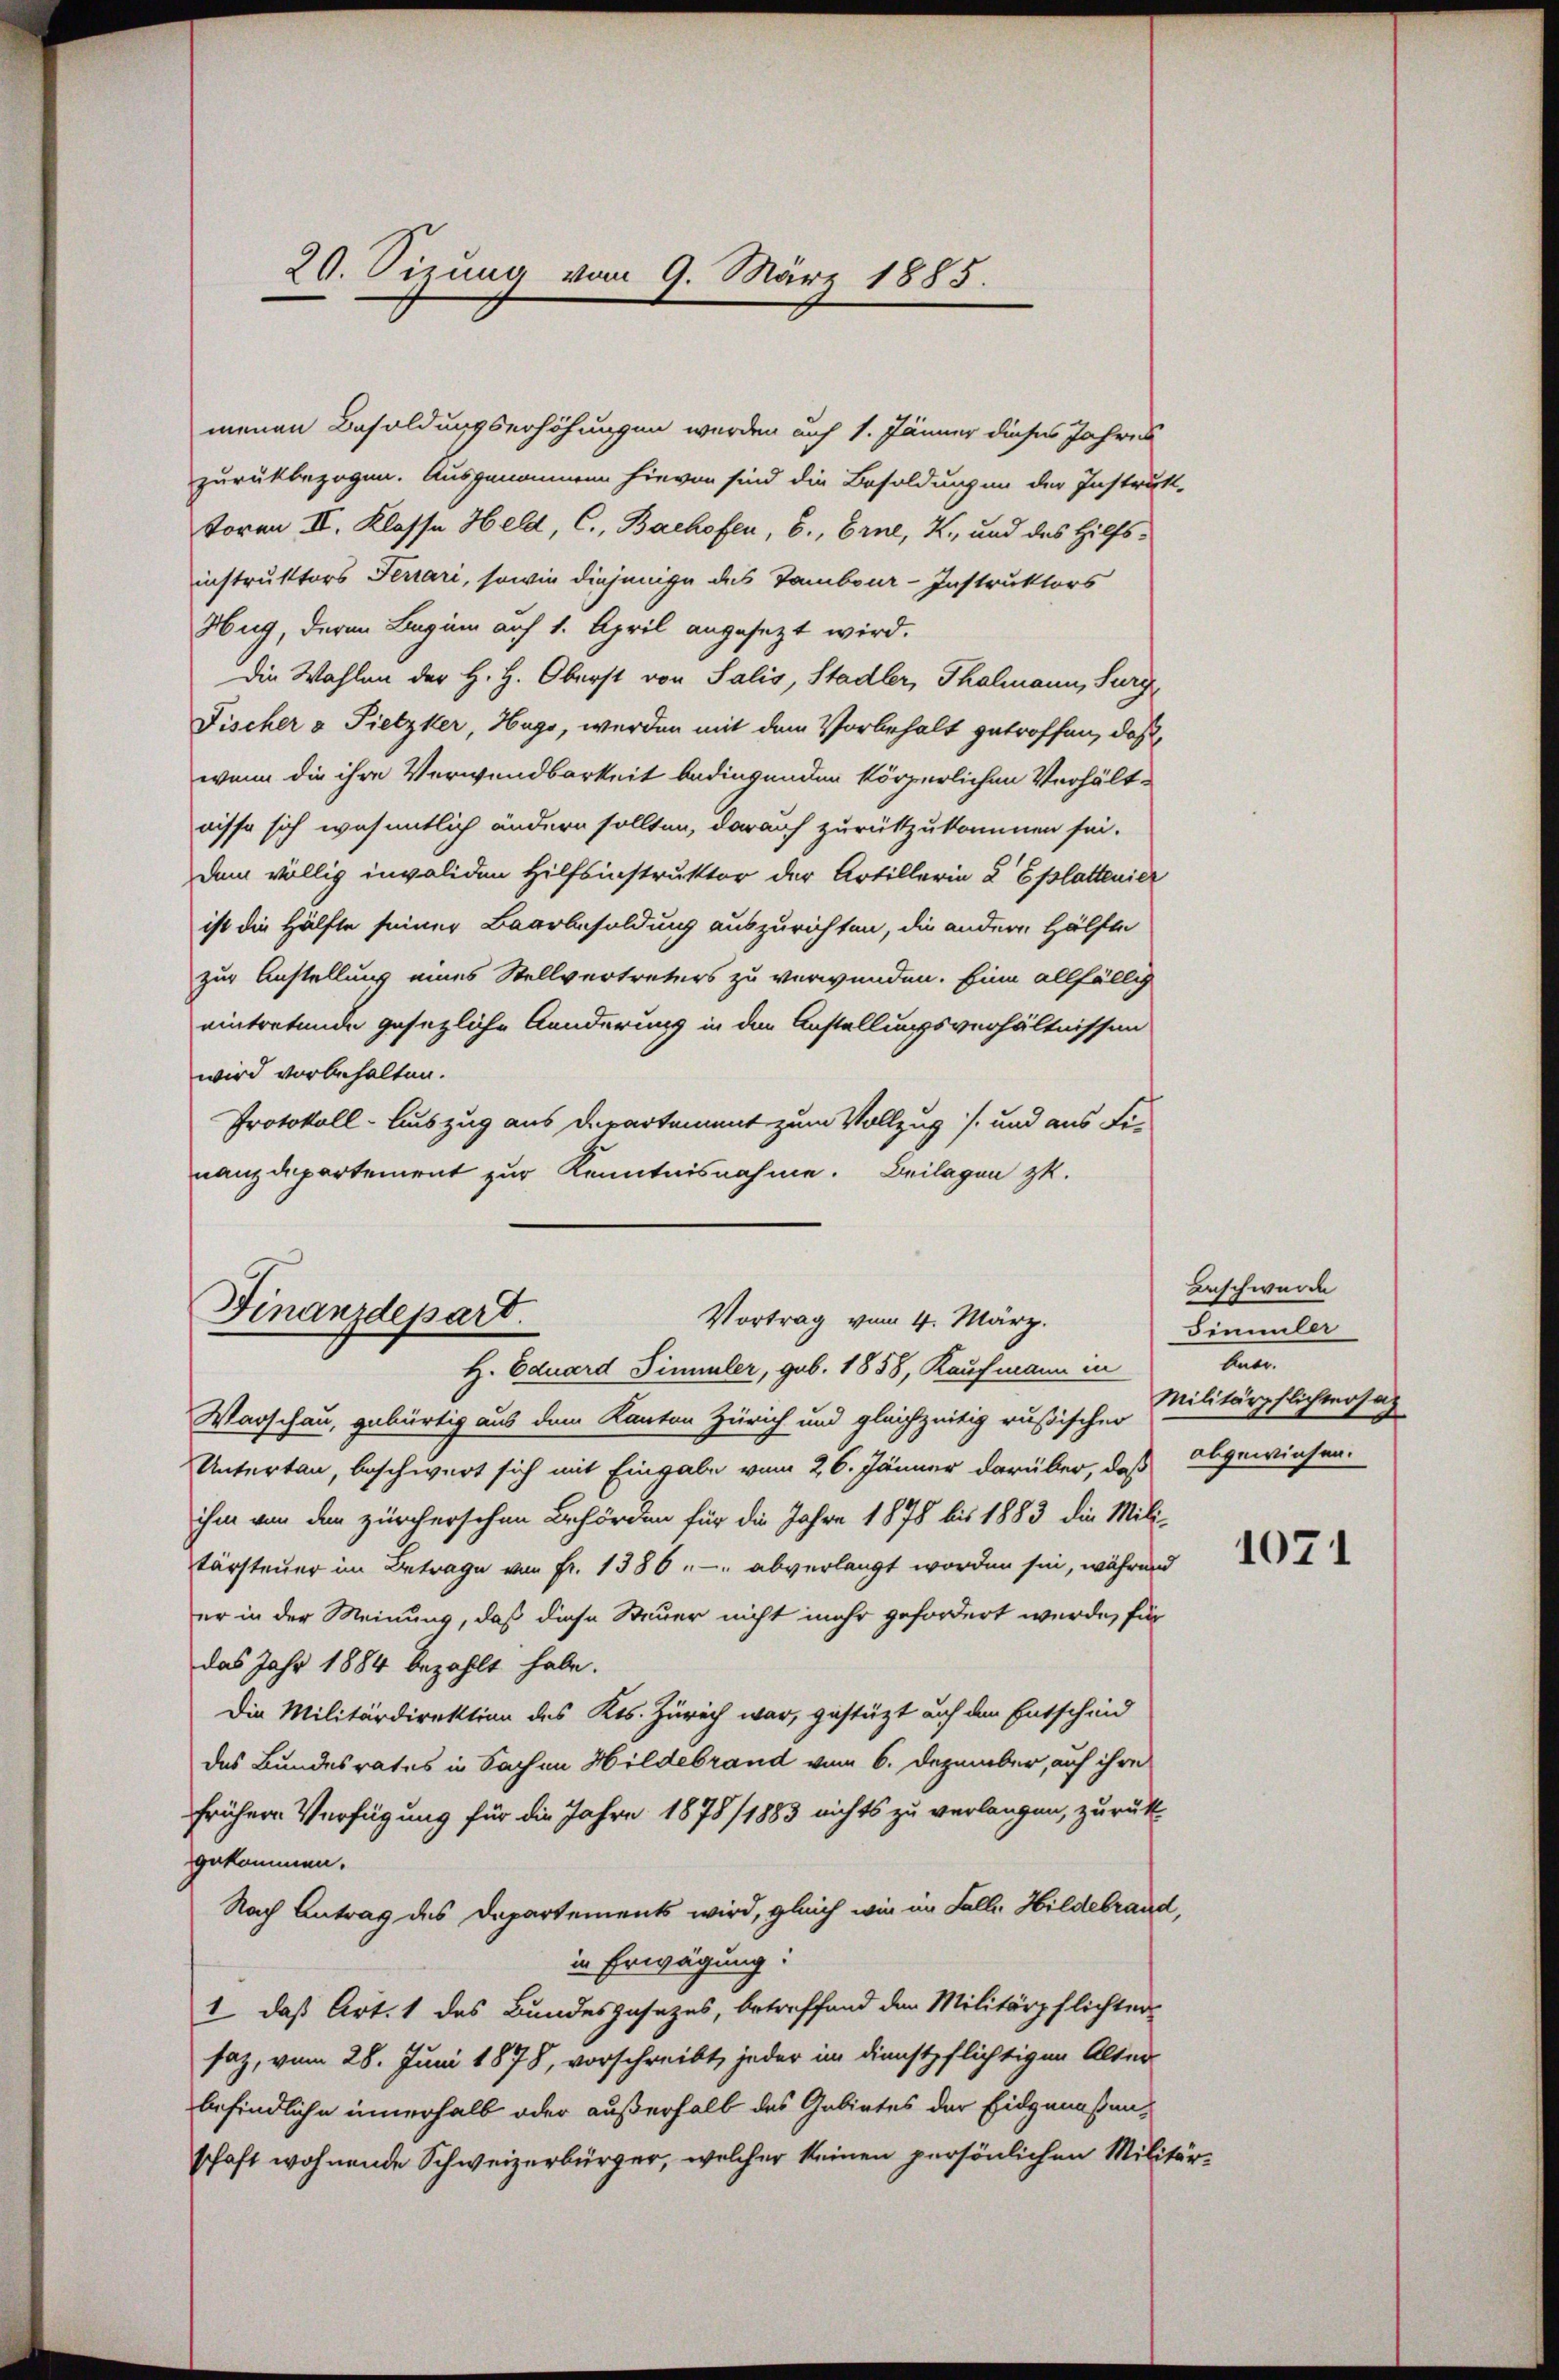
20. Sizung vom 9. März 1885.

menen Besoldungserhöhungen werden auf 1. Jänner dieses Jahres
zurückbezogen. Ausgenommen hievon sind die Besoldungen der Instrukt-
toren, II. Klasse Held, C., Bachofen, 6., Erne, K., und des Hilfs-
instruktors Ferrari, sowie diejenige des Tambour-Instruktors
Hug, deren Beginn auf 1. April angesezt wird.
Die Wahlen der H. H. Oberst von Salis, Stadler, Thalmann, Sury
Fischer v Pietzker, Hugo, werden mit dem Vorbehalt getroffen, daß
wenn die ihre Verwendbarkeit bedingenden körperlichen Verhältnisse sich wesentlich ändern sollten, darauf zurückzukommen sei.
dem völlig invaliden Hilfsinstruktor der Artillerin & Eplattenier
ist die Hälfte seiner Baarbesoldung auszurichten, die andere Hälfte
zur Anstellung eines Stellvertreters zu verwunden. Eine allfällig
eintretende gesezliche Aenderung in den Anstellungsverhältnissen
wird vorbehalten.
Protokoll- Auszug aus Departement zum Vollzug /: und aus Fi-
nanzdepartement zur Kenntnisnahme. Beilagen zu.

Finanzdepart.
Vortrag vom 4. März.
H. Eduard Simmler, geb. 1858, Kaufmann in

Warschau, gebürtig aus dem Kanton Zürich und gleichzeitig russischer
Untertan, beschwert sich mit Eingabe vom 26. Jänner darüber, daß
ihm von den zürcherschen Behörden für die Jahre 1878 bis 1883 die Mili-
tarsteuer im Betrage von Fr. 1386 " " abverlangt worden sie, während
er in der Meinung, daß diese Steuer nicht mehr gefordert wurde, für
das Jahr 1884 bezahlt habe.
Die Militärdirektion des Kts. Zürich war, gestützt auf den Entscheid
des Bundesrates in Sachen Hildebrand vom 6. Dezember, auf ihre
frühern Verfügung für die Jahre 1878/1883 nichts zu verlangen, zurück-
gekommen.
Nach Antrag des Departements wird, gleich wie im Fall. Hildebrand,
in Erwägung:
1, daß Art. 1 des Bundesgesezes, betreffend den Militärpflichter-
saz, vom 28. Juni 1878, vorschreibt, jeder im Dienstpflichtigen Alter
befindliche innerhalb oder außerhalb des Gebietes der Eidgenoßenschaft wohnende Schweizerbürger, welcher keinen persönlichen Militär-

Beschwürde
Simmler
t
Militärpflichtersat
abgewiesen.

1071